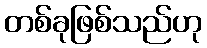
တစ်ခုဖြစ်သည်ဟု